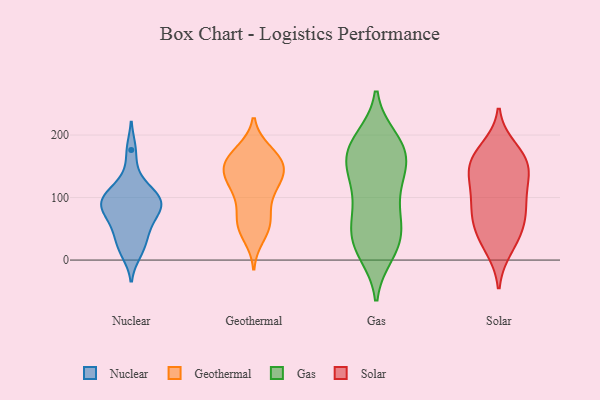
{"axis": {"x": "Satisfaction Score", "y": "Value"}, "legend": ["Gas", "Geothermal", "Nuclear", "Solar"], "data": [{"x": "", "y": 21, "type": "Nuclear"}, {"x": "", "y": 52, "type": "Nuclear"}, {"x": "", "y": 11, "type": "Nuclear"}, {"x": "", "y": 63, "type": "Nuclear"}, {"x": "", "y": 74, "type": "Nuclear"}, {"x": "", "y": 95, "type": "Nuclear"}, {"x": "", "y": 107, "type": "Nuclear"}, {"x": "", "y": 88, "type": "Nuclear"}, {"x": "", "y": 93, "type": "Nuclear"}, {"x": "", "y": 101, "type": "Nuclear"}, {"x": "", "y": 37, "type": "Nuclear"}, {"x": "", "y": 130, "type": "Nuclear"}, {"x": "", "y": 89, "type": "Nuclear"}, {"x": "", "y": 176, "type": "Nuclear"}, {"x": "", "y": 105, "type": "Geothermal"}, {"x": "", "y": 117, "type": "Geothermal"}, {"x": "", "y": 103, "type": "Geothermal"}, {"x": "", "y": 69, "type": "Geothermal"}, {"x": "", "y": 57, "type": "Geothermal"}, {"x": "", "y": 165, "type": "Geothermal"}, {"x": "", "y": 125, "type": "Geothermal"}, {"x": "", "y": 170, "type": "Geothermal"}, {"x": "", "y": 145, "type": "Geothermal"}, {"x": "", "y": 144, "type": "Geothermal"}, {"x": "", "y": 160, "type": "Geothermal"}, {"x": "", "y": 174, "type": "Geothermal"}, {"x": "", "y": 137, "type": "Geothermal"}, {"x": "", "y": 58, "type": "Geothermal"}, {"x": "", "y": 38, "type": "Geothermal"}, {"x": "", "y": 153, "type": "Geothermal"}, {"x": "", "y": 142, "type": "Geothermal"}, {"x": "", "y": 56, "type": "Geothermal"}, {"x": "", "y": 175, "type": "Gas"}, {"x": "", "y": 141, "type": "Gas"}, {"x": "", "y": 67, "type": "Gas"}, {"x": "", "y": 11, "type": "Gas"}, {"x": "", "y": 21, "type": "Gas"}, {"x": "", "y": 150, "type": "Gas"}, {"x": "", "y": 69, "type": "Gas"}, {"x": "", "y": 27, "type": "Gas"}, {"x": "", "y": 181, "type": "Gas"}, {"x": "", "y": 181, "type": "Gas"}, {"x": "", "y": 53, "type": "Gas"}, {"x": "", "y": 18, "type": "Gas"}, {"x": "", "y": 194, "type": "Gas"}, {"x": "", "y": 119, "type": "Gas"}, {"x": "", "y": 119, "type": "Gas"}, {"x": "", "y": 41, "type": "Gas"}, {"x": "", "y": 88, "type": "Gas"}, {"x": "", "y": 151, "type": "Gas"}, {"x": "", "y": 191, "type": "Gas"}, {"x": "", "y": 162, "type": "Gas"}, {"x": "", "y": 138, "type": "Solar"}, {"x": "", "y": 154, "type": "Solar"}, {"x": "", "y": 178, "type": "Solar"}, {"x": "", "y": 52, "type": "Solar"}, {"x": "", "y": 29, "type": "Solar"}, {"x": "", "y": 19, "type": "Solar"}, {"x": "", "y": 71, "type": "Solar"}, {"x": "", "y": 91, "type": "Solar"}, {"x": "", "y": 160, "type": "Solar"}, {"x": "", "y": 146, "type": "Solar"}, {"x": "", "y": 122, "type": "Solar"}, {"x": "", "y": 106, "type": "Solar"}, {"x": "", "y": 82, "type": "Solar"}, {"x": "", "y": 55, "type": "Solar"}, {"x": "", "y": 165, "type": "Solar"}]}